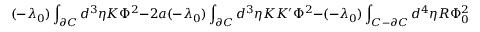
( - \lambda _ { 0 } ) \int _ { \partial C } d ^ { 3 } \eta K \Phi ^ { 2 } - 2 a ( - \lambda _ { 0 } ) \int _ { \partial C } d ^ { 3 } \eta K K ^ { \prime } \Phi ^ { 2 } - ( - \lambda _ { 0 } ) \int _ { C - \partial C } d ^ { 4 } \eta R \Phi _ { 0 } ^ { 2 }